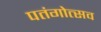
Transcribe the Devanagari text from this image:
पतंगोत्सव